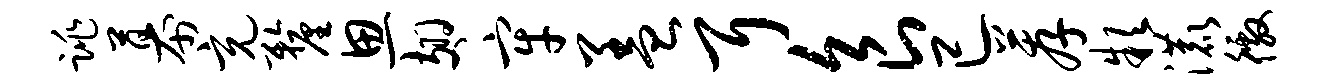
跳幕充厘思翅牢盖耳食已荐款漉徼